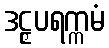
ဒဠှပရက္ကမံ